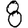
Digit: 8